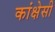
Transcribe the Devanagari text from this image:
कांक्षेसी